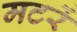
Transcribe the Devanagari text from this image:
मटरें